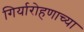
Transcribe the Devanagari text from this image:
गिर्यारोहणाच्या